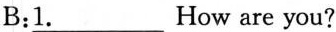
B: \underline{1.}How are you?